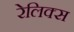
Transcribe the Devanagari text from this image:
रेलिक्स